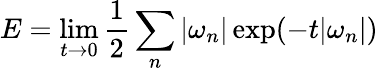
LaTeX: E=\operatorname*{lim}_{t\to 0}{\frac{1}{2}}\sum_{n}|\omega_{n}|\exp(-t|\omega_{n}|)